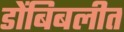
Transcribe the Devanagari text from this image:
डोंबिबलीत